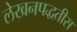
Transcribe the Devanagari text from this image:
लेखनपद्धतीस